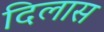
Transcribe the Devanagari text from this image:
दिलास